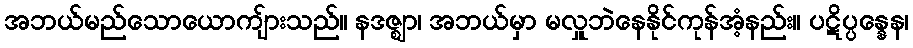
အဘယ်မည်သောယောကျ်ားသည်။ နဒဇ္ဈာ၊ အဘယ်မှာ မလှူဘဲနေနိုင်ကုန်အံ့နည်း။ ပဋိပ္ပန္နေန၊